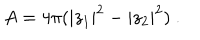
LaTeX: A = 4 \pi ( | z _ { 1 } | ^ { 2 } - | z _ { 2 } | ^ { 2 } ) \ .